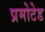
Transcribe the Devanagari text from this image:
प्रमोटेड